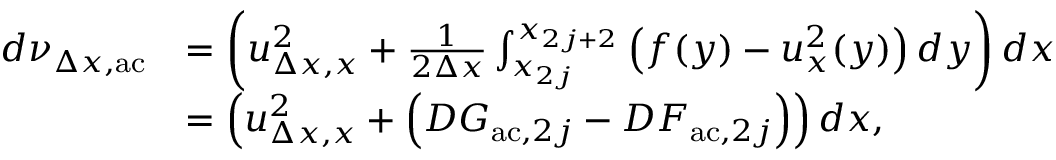
\begin{array} { r l } { d \nu _ { \Delta x , \mathrm { a c } } } & { = \left( u _ { \Delta x , x } ^ { 2 } + \frac { 1 } { 2 \Delta x } \int _ { x _ { 2 j } } ^ { x _ { 2 j + 2 } } \left( f ( y ) - u _ { x } ^ { 2 } ( y ) \right) d y \right) d x } \\ & { = \left( u _ { \Delta x , x } ^ { 2 } + \left( D G _ { \mathrm { a c } , 2 j } - D F _ { \mathrm { a c } , 2 j } \right) \right) d x , } \end{array}